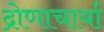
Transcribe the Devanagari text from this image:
द्रोणाचार्या